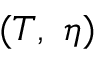
( T , ~ \eta )